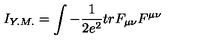
I _ { Y . M . } = \int - \frac { 1 } { 2 e ^ { 2 } } t r F _ { \mu \nu } F ^ { \mu \nu }